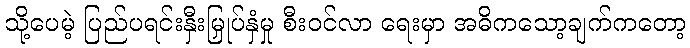
သို့ပေမဲ့ ပြည်ပရင်းနှီးမြှုပ်နှံမှု စီးဝင်လာ ရေးမှာ အဓိကသော့ချက်ကတော့